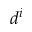
d ^ { i }